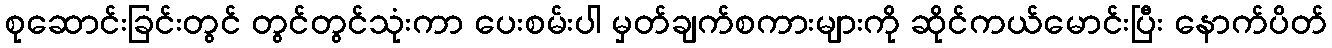
စုဆောင်းခြင်းတွင် တွင်တွင်သုံးကာ ပေးစမ်းပါ မှတ်ချက်စကားများကို ဆိုင်ကယ်မောင်းပြီး နောက်ပိတ်